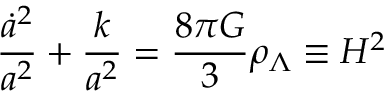
\frac { \dot { a } ^ { 2 } } { a ^ { 2 } } + \frac { k } { a ^ { 2 } } = \frac { 8 \pi G } { 3 } \rho _ { \Lambda } \equiv H ^ { 2 }